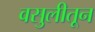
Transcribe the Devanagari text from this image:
वसुलीतून